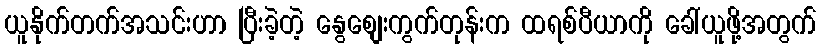
ယူနိုက်တက်အသင်းဟာ ပြီးခဲ့တဲ့ နွေစျေးကွက်တုန်းက ထရစ်ပီယာကို ခေါ်ယူဖို့အတွက်